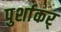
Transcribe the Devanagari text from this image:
पुर्शाकर्